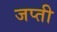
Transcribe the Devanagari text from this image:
जप्‍ती